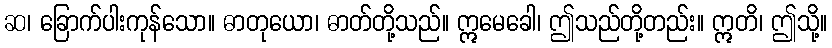
ဆ၊ ခြောက်ပါးကုန်သော။ ဓာတုယော၊ ဓာတ်တို့သည်။ ဣမေခေါ၊ ဤသည်တို့တည်း။ ဣတိ၊ ဤသို့။